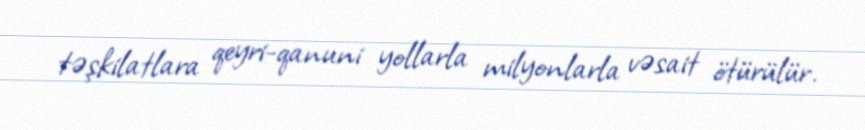
təşkilatlara qeyri-qanuni yollarla milyonlarla vəsait ötürülür.